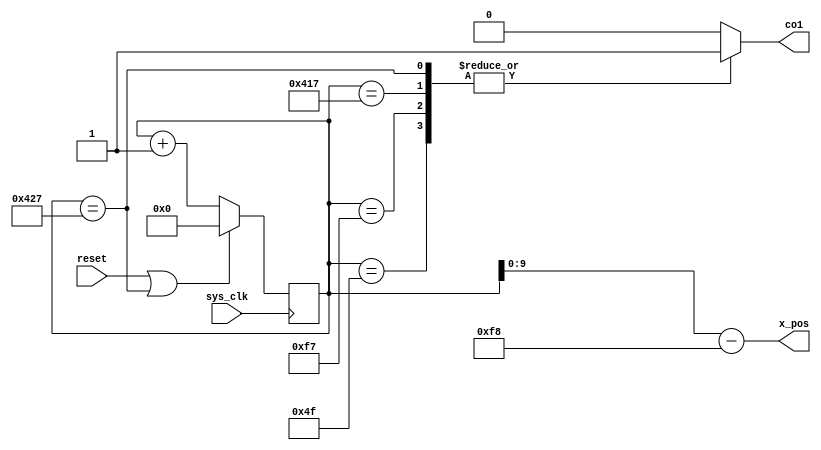

module x_pos(sys_clk,reset,x_pos,co1);
  
  input sys_clk,reset;
  output reg co1;
  output [9:0] x_pos;
  reg [10:0] state;
  
  always @(*)
  begin
    case(state)
    11'd79:  co1<=1;
    11'd247: co1<=1;
    11'd1047:co1<=1;
    11'd1063:co1<=1;
    default: co1<=0;
    endcase
  end
  
  always @(posedge sys_clk)
  begin
    if(reset|(state==11'd1063))
      state <= 0;
    else 
      state <= state + 1;
  end
  
  assign x_pos = state - 11'd248;
endmodule